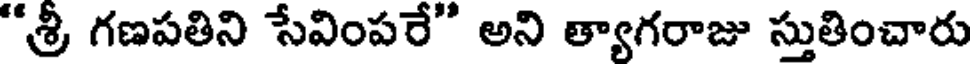
"శ్రీ గణపతిని సేవింపరే" అని త్యాగరాజు స్తుతించారు